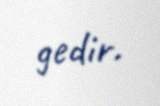
gedir.